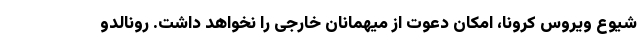
شیوع ویروس کرونا، امکان دعوت از میهمانان خارجی را نخواهد داشت. رونالدو